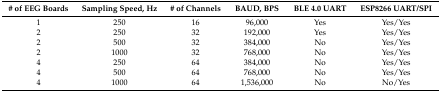
<table><thead><tr><td><b># of EEG Boards</b></td><td><b>Sampling Speed, Hz</b></td><td><b># of Channels</b></td><td><b>BAUD, BPS</b></td><td><b>BLE 4.0 UART</b></td><td><b>ESP8266 UART/SPI</b></td></tr></thead><tbody><tr><td>1</td><td>250</td><td>16</td><td>96,000</td><td>Yes</td><td>Yes/Yes</td></tr><tr><td>2</td><td>250</td><td>32</td><td>192,000</td><td>Yes</td><td>Yes/Yes</td></tr><tr><td>2</td><td>500</td><td>32</td><td>384,000</td><td>No</td><td>Yes/Yes</td></tr><tr><td>2</td><td>1000</td><td>32</td><td>768,000</td><td>No</td><td>Yes/Yes</td></tr><tr><td>4</td><td>250</td><td>64</td><td>384,000</td><td>No</td><td>Yes/Yes</td></tr><tr><td>4</td><td>500</td><td>64</td><td>768,000</td><td>No</td><td>Yes/Yes</td></tr><tr><td>4</td><td>1000</td><td>64</td><td>1,536,000</td><td>No</td><td>No/Yes</td></tr></tbody></table>